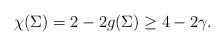
LaTeX: \begin{align*}\chi(\Sigma)=2-2g(\Sigma)\ge4-2\gamma.\end{align*}